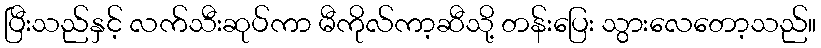
ပြီးသည်နှင့် လက်သီးဆုပ်ကာ မီကိုလ်ကာ့ဆီသို့ တန်းပြေး သွားလေတော့သည်။